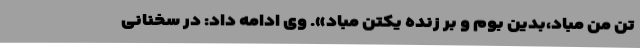
تن من مباد،بدین بوم و بر زنده یکتن مباد». وی ادامه داد: در سخنانی